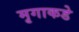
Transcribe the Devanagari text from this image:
मृगाकडे